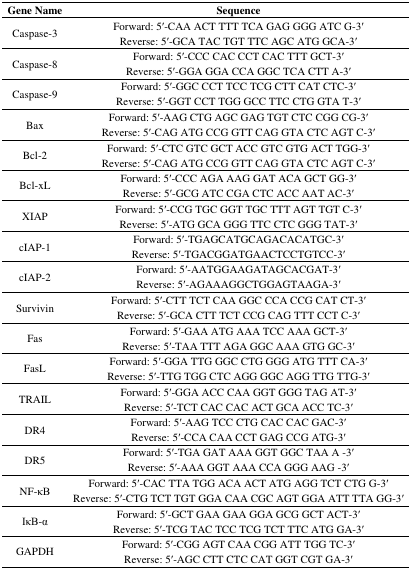
<table><thead><tr><td><b>Gene Name</b></td><td><b>Sequence</b></td></tr></thead><tbody><tr><td rowspan="2">Caspase-3</td><td>Forward: 5′-CAA ACT TTT TCA GAG GGG ATC G-3′</td></tr><tr><td>Reverse: 5′-GCA TAC TGT TTC AGC ATG GCA-3′</td></tr><tr><td rowspan="2">Caspase-8</td><td>Forward: 5′-CCC CAC CCT CAC TTT GCT-3′</td></tr><tr><td>Reverse: 5′-GGA GGA CCA GGC TCA CTT A-3′</td></tr><tr><td rowspan="2">Caspase-9</td><td>Forward: 5′-GGC CCT TCC TCG CTT CAT CTC-3′</td></tr><tr><td>Reverse: 5′-GGT CCT TGG GCC TTC CTG GTA T-3′</td></tr><tr><td rowspan="2">Bax</td><td>Forward: 5′-AAG CTG AGC GAG TGT CTC CGG CG-3′</td></tr><tr><td>Reverse: 5′-CAG ATG CCG GTT CAG GTA CTC AGT C-3′</td></tr><tr><td rowspan="2">Bcl-2</td><td>Forward: 5′-CTC GTC GCT ACC GTC GTG ACT TGG-3′</td></tr><tr><td>Reverse: 5′-CAG ATG CCG GTT CAG GTA CTC AGT C-3′</td></tr><tr><td rowspan="2">Bcl-xL</td><td>Forward: 5′-CCC AGA AAG GAT ACA GCT GG-3′</td></tr><tr><td>Reverse: 5′-GCG ATC CGA CTC ACC AAT AC-3′</td></tr><tr><td rowspan="2">XIAP</td><td>Forward: 5′-CCG TGC GGT TGC TTT AGT TGT C-3′</td></tr><tr><td>Reverse: 5′-ATG GCA GGG TTC CTC GGG TAT-3′</td></tr><tr><td rowspan="2">cIAP-1</td><td>Forward: 5′-TGAGCATGCAGACACATGC-3′</td></tr><tr><td>Reverse: 5′-TGACGGATGAACTCCTGTCC-3′</td></tr><tr><td rowspan="2">cIAP-2</td><td>Forward: 5′-AATGGAAGATAGCACGAT-3′</td></tr><tr><td>Reverse: 5′-AGAAAGGCTGGAGTAAGA-3′</td></tr><tr><td rowspan="2">Survivin</td><td>Forward: 5′-CTT TCT CAA GGC CCA CCG CAT CT-3′</td></tr><tr><td>Reverse: 5′-GCA CTT TCT CCG CAG TTT CCT C-3′</td></tr><tr><td rowspan="2">Fas</td><td>Forward: 5′-GAA ATG AAA TCC AAA GCT-3′</td></tr><tr><td>Reverse: 5′-TAA TTT AGA GGC AAA GTG GC-3′</td></tr><tr><td rowspan="2">FasL</td><td>Forward: 5′-GGA TTG GGC CTG GGG ATG TTT CA-3′</td></tr><tr><td>Reverse: 5′-TTG TGG CTC AGG GGC AGG TTG TTG-3′</td></tr><tr><td rowspan="2">TRAIL</td><td>Forward: 5′-GGA ACC CAA GGT GGG TAG AT-3′</td></tr><tr><td>Reverse: 5′-TCT CAC CAC ACT GCA ACC TC-3′</td></tr><tr><td rowspan="2">DR4</td><td>Forward: 5′-AAG TCC CTG CAC CAC GAC-3′</td></tr><tr><td>Reverse: 5′-CCA CAA CCT GAG CCG ATG-3′</td></tr><tr><td rowspan="2">DR5</td><td>Forward: 5′-TGA GAT AAA GGT GGC TAA A -3′</td></tr><tr><td>Reverse: 5′-AAA GGT AAA CCA GGG AAG -3′</td></tr><tr><td rowspan="2">NF-κB</td><td>Forward: 5′-CAC TTA TGG ACA ACT ATG AGG TCT CTG G-3′</td></tr><tr><td>Reverse: 5′-CTG TCT TGT GGA CAA CGC AGT GGA ATT TTA GG-3′</td></tr><tr><td rowspan="2">IκB-α</td><td>Forward: 5′-GCT GAA GAA GGA GCG GCT ACT-3′</td></tr><tr><td>Reverse: 5′-TCG TAC TCC TCG TCT TTC ATG GA-3′</td></tr><tr><td rowspan="2">GAPDH</td><td>Forward: 5′-CGG AGT CAA CGG ATT TGG TC-3′</td></tr><tr><td>Reverse: 5′-AGC CTT CTC CAT GGT CGT GA-3′</td></tr></tbody></table>